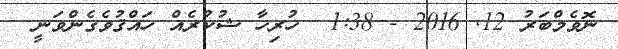
ނޮވެމްބަރު 12